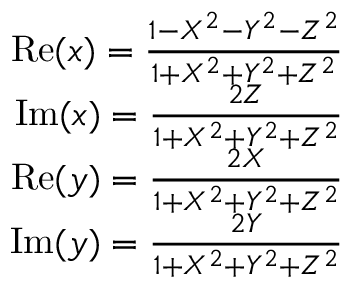
\begin{array} { r } { \mathrm { R e } ( x ) = \frac { 1 - X ^ { 2 } - Y ^ { 2 } - Z ^ { 2 } } { 1 + X ^ { 2 } + Y ^ { 2 } + Z ^ { 2 } } } \\ { \mathrm { I m } ( x ) = \frac { 2 Z } { 1 + X ^ { 2 } + Y ^ { 2 } + Z ^ { 2 } } } \\ { \mathrm { R e } ( y ) = \frac { 2 X } { 1 + X ^ { 2 } + Y ^ { 2 } + Z ^ { 2 } } } \\ { \mathrm { I m } ( y ) = \frac { 2 Y } { 1 + X ^ { 2 } + Y ^ { 2 } + Z ^ { 2 } } } \end{array}